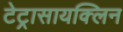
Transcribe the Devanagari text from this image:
टेट्रासायक्लिन